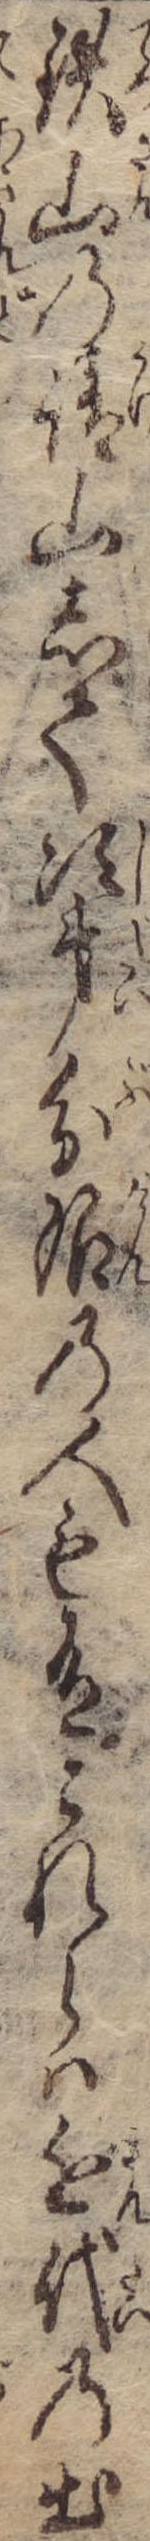
鉄山の請山して次第分限の人も有これらは近代の出